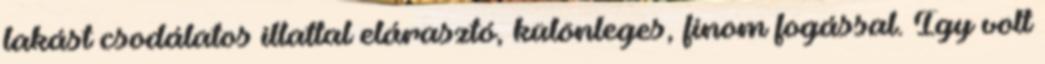
lakást csodálatos illattal elárasztó, különleges, finom fogással. Így volt